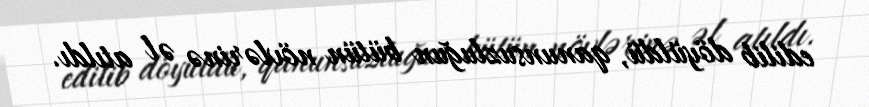
edilib döyüldü, qanunsuzluğun bütün növlərinə əl atıldı.